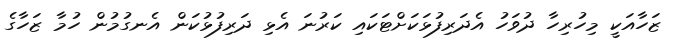
ޒަހާއަކީ މިހުރިހާ ދުވަހު އެދަރިފުޅަކަށްޓަކައި ކަރުނަ އެޅި ދަރިފުޅުކަން އެނގުމުން ހުމާ ޒަހާގެ